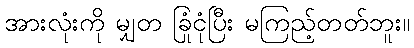
အားလုံးကို မျှတ ခြုံငုံပြီး မကြည့်တတ်ဘူး။